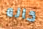
كانه